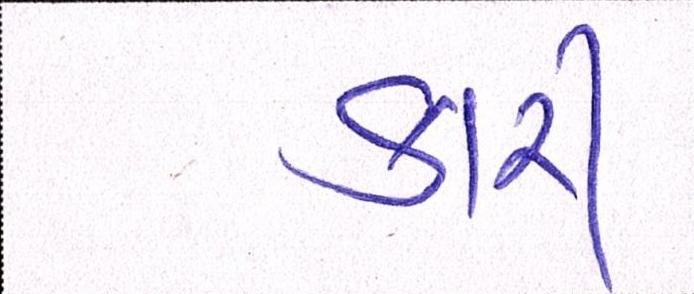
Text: કારી